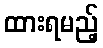
ထားရမည့်